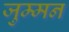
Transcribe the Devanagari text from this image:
जुम्मन